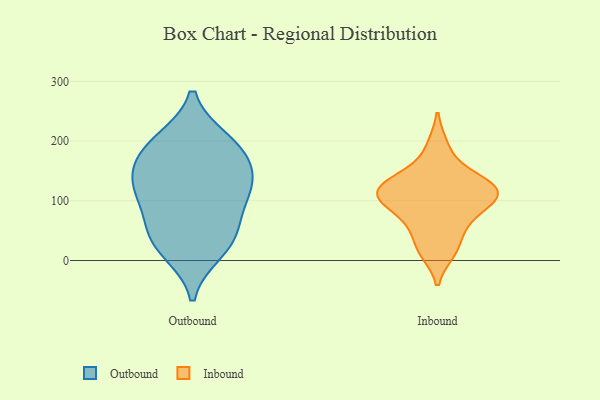
{"axis": {"x": "Shipments", "y": "Value"}, "legend": ["Inbound", "Outbound"], "data": [{"x": "", "y": 200, "type": "Outbound"}, {"x": "", "y": 16, "type": "Outbound"}, {"x": "", "y": 168, "type": "Outbound"}, {"x": "", "y": 197, "type": "Outbound"}, {"x": "", "y": 114, "type": "Outbound"}, {"x": "", "y": 110, "type": "Outbound"}, {"x": "", "y": 31, "type": "Outbound"}, {"x": "", "y": 174, "type": "Outbound"}, {"x": "", "y": 43, "type": "Outbound"}, {"x": "", "y": 128, "type": "Outbound"}, {"x": "", "y": 130, "type": "Outbound"}, {"x": "", "y": 63, "type": "Outbound"}, {"x": "", "y": 120, "type": "Inbound"}, {"x": "", "y": 23, "type": "Inbound"}, {"x": "", "y": 115, "type": "Inbound"}, {"x": "", "y": 102, "type": "Inbound"}, {"x": "", "y": 65, "type": "Inbound"}, {"x": "", "y": 116, "type": "Inbound"}, {"x": "", "y": 99, "type": "Inbound"}, {"x": "", "y": 141, "type": "Inbound"}, {"x": "", "y": 15, "type": "Inbound"}, {"x": "", "y": 191, "type": "Inbound"}, {"x": "", "y": 65, "type": "Inbound"}, {"x": "", "y": 108, "type": "Inbound"}, {"x": "", "y": 138, "type": "Inbound"}]}